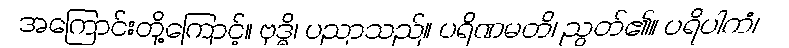
အကြောင်းတို့ကြောင့်။ ဗုဒ္ဓိ၊ ပညာသည်။ ပရိဏမတိ၊ ညွတ်၏။ ပရိပါကံ၊